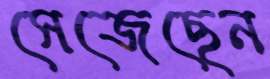
সেজেছেন